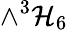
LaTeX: \wedge^{3}\mathcal{H}_{6}